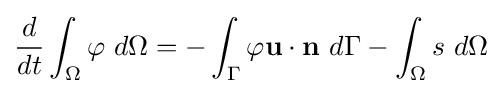
{\frac {d}{dt}}\int _{\Omega }\varphi \ d\Omega =-\int _{\Gamma }\varphi \mathbf {u\cdot n} \ d\Gamma -\int _{\Omega }s\ d\Omega